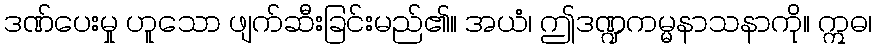
ဒဏ်ပေးမှု ဟူသော ဖျက်ဆီးခြင်းမည်၏။ အယံ၊ ဤဒဏ္ဍကမ္မနာသနာကို။ ဣဓ၊